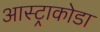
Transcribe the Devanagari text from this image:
आस्ट्राकोडा